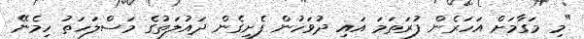
"މި މަގާމަށް އަހަރެން ފުރަތަމަ އައި ދުވަހުން ފެށިގެން ދައުލަތުގެ މަސްލަހަތު ހިމެނޭ